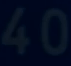
40